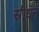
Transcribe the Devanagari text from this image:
स्रीधन